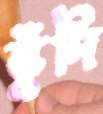
ভুঁদি